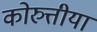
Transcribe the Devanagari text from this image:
कोरुत्तीया